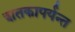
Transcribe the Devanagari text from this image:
शतकापर्यन्त